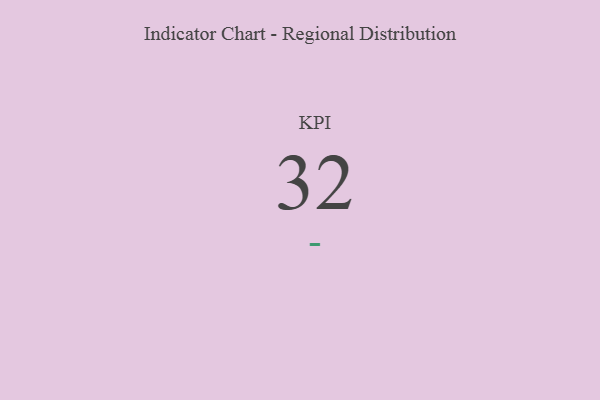
{"axis": {"x": "KPI", "y": "Value"}, "legend": [""], "data": [{"x": "KPI", "y": 32, "type": ""}]}